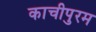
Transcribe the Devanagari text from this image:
काचीपुरम